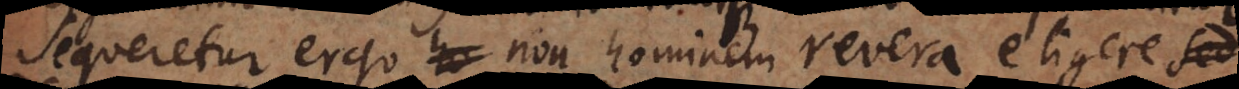
Sequeretur ergo non hominem revera eligere sed